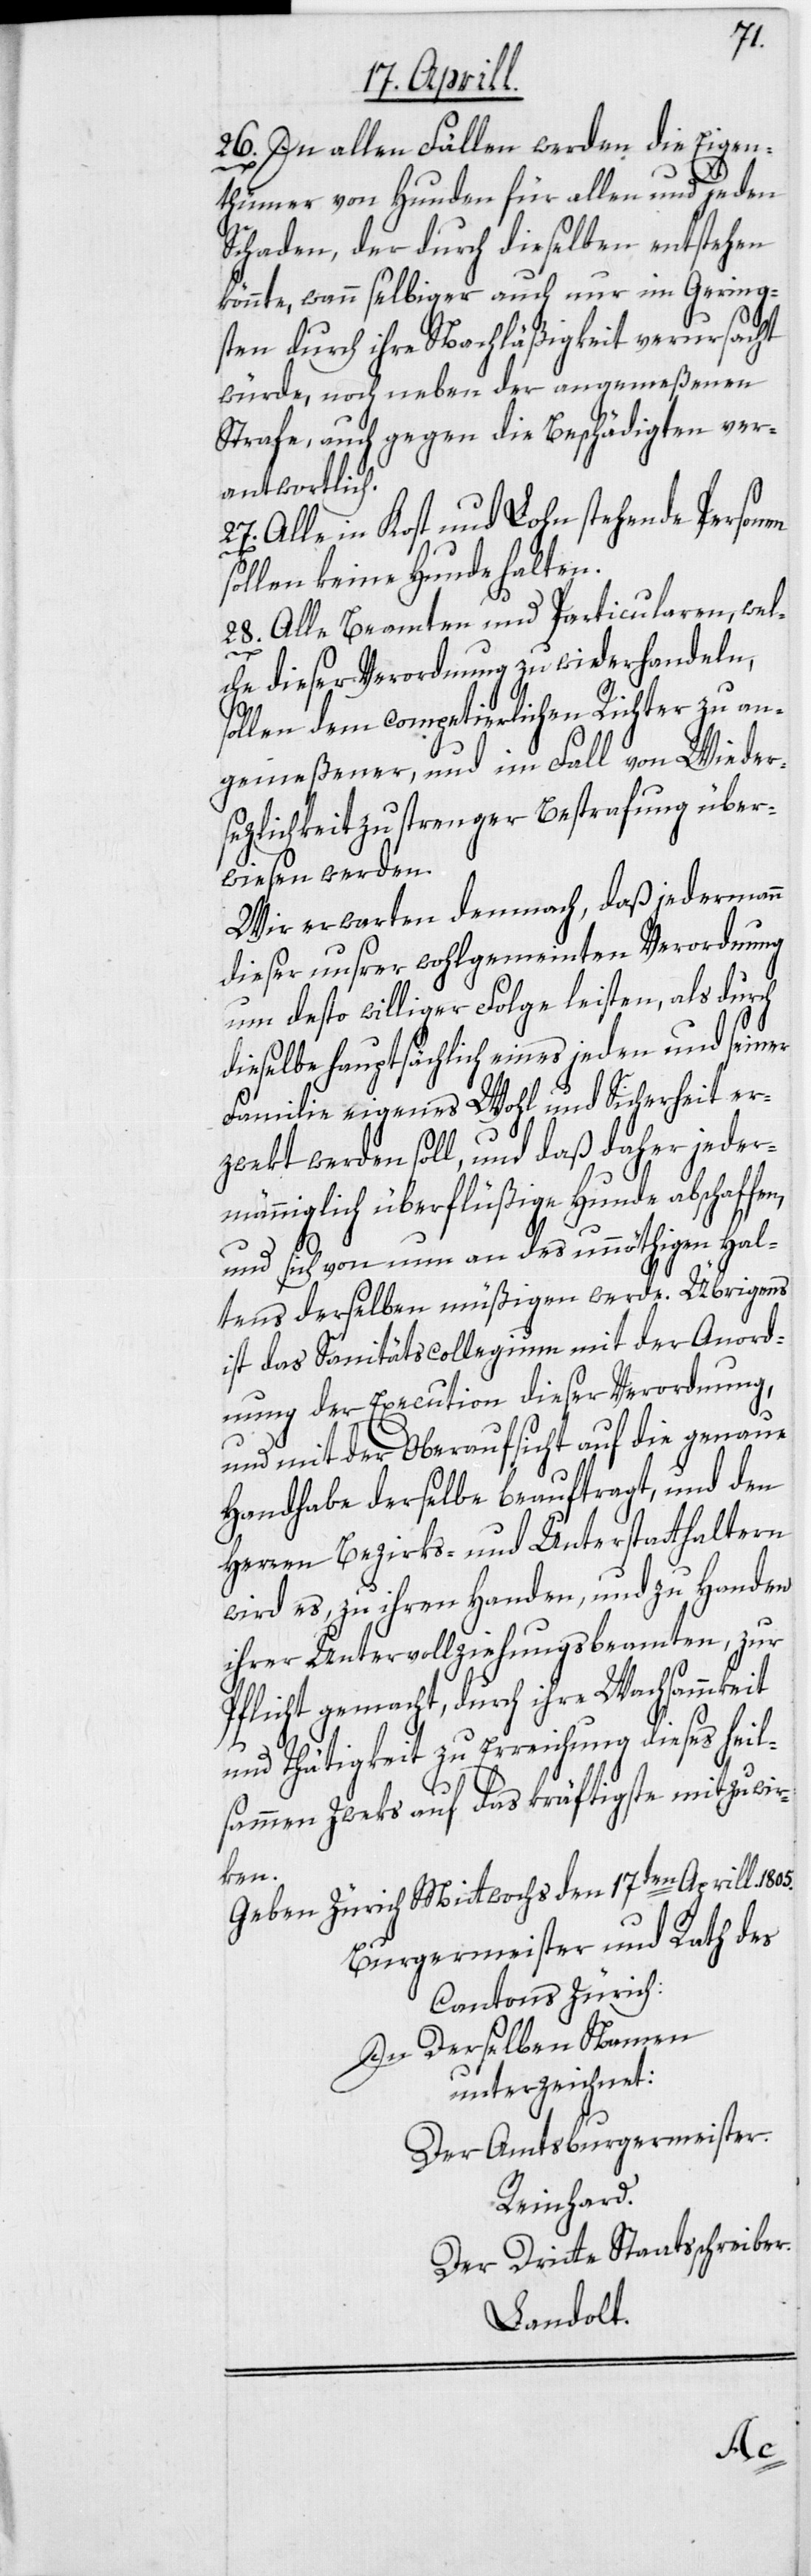
26. In allen Fällen werden die Eigen¬
thümer von Hunden für allen und jeden
Schaden, der durch dieselben entstehen
könnte, wenn selbiger auch nur im Gering¬
sten durch ihre Nachläßigkeit verursacht
würde, noch neben der angemeßenen
Strafe, auch gegen die Beschädigten ver¬
antwortlich.
27. Alle in Kost und Lohn stehende Personen
sollen keine Hunde halten.
28. Alle Beamten und Particularen, wel¬
che dieser Verordnung zuwiederhandeln,
sollen dem competierlichen Richter zu an¬
gemeßener, und im Fall von Wieder¬
sezlichkeit zu strenger Bestrafung über¬
wiesen werden.
Wir erwarten demnach, daß jedermann
dieser unsrer wohlgemeinten Verordnung
um desto williger Folge leisten, als durch
dieselbe hauptsächlich eines jeden und seiner
Familie eigenes Wohl und Sicherheit er¬
zwekt werden soll, und daß daher jeder¬
männiglich überflüßige Hunde abschaffen,
und sich von nun an des unnöthigen Hal¬
tens derselben müßigen werde. Übrigens
ist das Sanitätscollegium mit der Anord¬
nung der Execution dieser Verordnung,
und mit der Oberaufsicht auf die genaue
Handhabe derselbe[n] beauftragt, und den
Herren Bezirks- und Unterstatthaltern
wird es, zu ihren Handen, und zu Handen
ihrer Untervollziehungsbeamten, zur
Pflicht gemacht, durch ihre Wachsammkeit
und Thätigkeit zu Erreichung dieses heil¬
sammen Zweks auf das kräftigste mitzuwir¬
ken.
Geben Zürich Mittwochs den 17ten Aprill 1805.
Burgermeister und Rath des
Cantons Zürich:
In Derselben Namen
unterzeichnet:
Der Amtsburgermeister.
Reinhard.
Der Dritte Staatsschreiber.
Landolt.